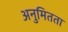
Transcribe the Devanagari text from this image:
अनुमितता